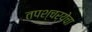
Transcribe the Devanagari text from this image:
तपश्‍चर्येचा